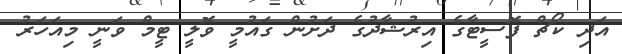
އަދި ކޯޗް ފޮސީޓާގެ އިރުޝާދުގެ ދަށުން ގައުމީ ވޮލީ ޓީމް ވަނީ މިއަހަރު